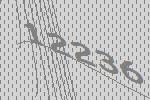
12236